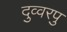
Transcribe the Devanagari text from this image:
दुव्वरपु